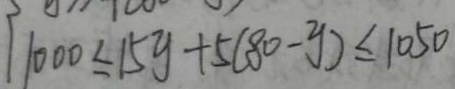
1 1 0 0 0 \leq 1 5 y + 5 ( 8 0 - y ) \leq 1 0 5 0